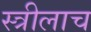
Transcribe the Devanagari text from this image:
स्त्रीलाच